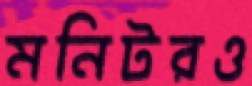
মনিটরও